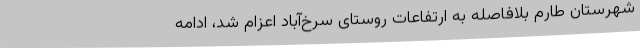
شهرستان طارم بلافاصله به ارتفاعات روستای سرخ‌آباد اعزام شد، ادامه